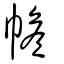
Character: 幨